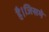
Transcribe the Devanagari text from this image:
है।जिसमे